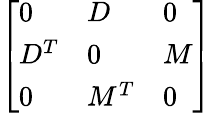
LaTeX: \left[\begin{array}{lll}{{0}}&{{D}}&{{0}}\\ {{D^{T}}}&{{0}}&{{M}}\\ {{0}}&{{M^{T}}}&{{0}}\end{array}\right]